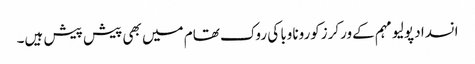
انسداد پولیو مہم کےورکرزکوروناوبا کی روک تھام میں بھی پیش پیش ہیں۔